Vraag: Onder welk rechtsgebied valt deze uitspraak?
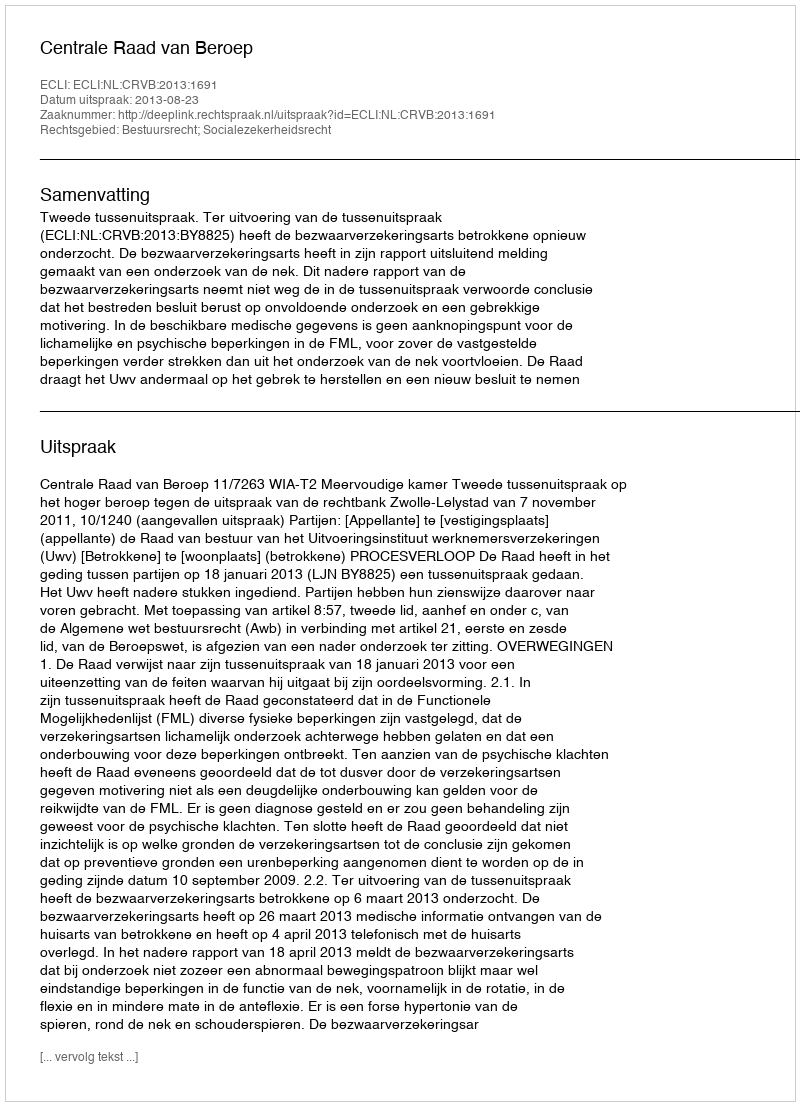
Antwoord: Bestuursrecht; Socialezekerheidsrecht